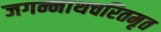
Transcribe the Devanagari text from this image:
जगन्नाथचरितमृत